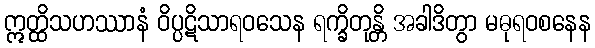
ဣတ္ထိသဟဿာနံ ဝိပ္ပဋိသာရဝသေန ရက္ခိတုန္တိ အခါဒိတွာ မဓုရဝစနေန